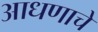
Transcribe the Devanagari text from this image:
आधणाचे